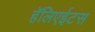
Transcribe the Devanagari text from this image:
हॅलिएईटस